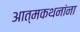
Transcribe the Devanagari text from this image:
आत्मकथनांना